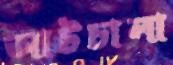
আটচালা